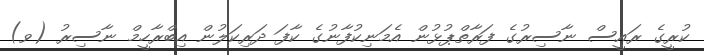
ކުރީގެ ރައީސް ނާސިރުގެ ފަރާތްޕުޅުން އެމަނިކުފާނުގެ ކާފަ ދަރިކަލުން އިބްރާހީމް ނާސިރު (ވ)